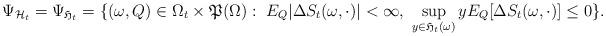
LaTeX: \begin{align*}\Psi_{\mathcal{H}_t}=\Psi_{\mathfrak{H}_t}=\{(\omega,Q)\in\Omega_t\times\mathfrak{P}(\Omega):\ E_Q|\Delta S_t(\omega,\cdot)|<\infty,\ \sup_{y\in\mathfrak{H}_t(\omega)}yE_Q[\Delta S_t(\omega,\cdot)]\leq 0\}.\end{align*}